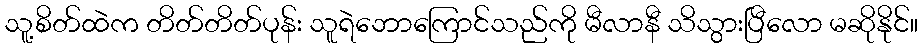
သူ့စိတ်ထဲက တိတ်တိတ်ပုန်း သူရဲဘောကြောင်သည်ကို မီလာနီ သိသွားပြီလော မဆိုနိုင်။